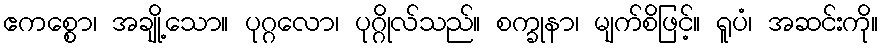
ဧကစ္စော၊ အချို့သော။ ပုဂ္ဂလော၊ ပုဂ္ဂိုလ်သည်။ စက္ခုနာ၊ မျက်စိဖြင့်။ ရူပံ၊ အဆင်းကို။